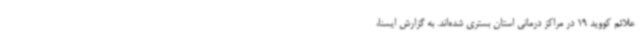
علائم کووید 19 در مراکز درمانی استان بستری شده‌اند. به گزارش ایسنا،